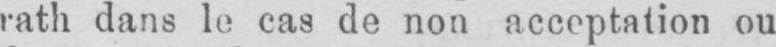
rath dans le cas de non acceptation ou